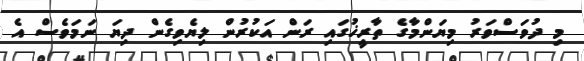
މި ދުވަސްވަރު މިޔަންމާގެ ތާރީޚުގައި ރަން އަކުރުން ލިޔެވިގެން ދިޔަ ނަމަވެސް އެ